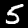
Label: 5